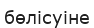
бөлісуіне